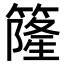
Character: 𥳌